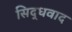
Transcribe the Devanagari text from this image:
सिद्धवाद